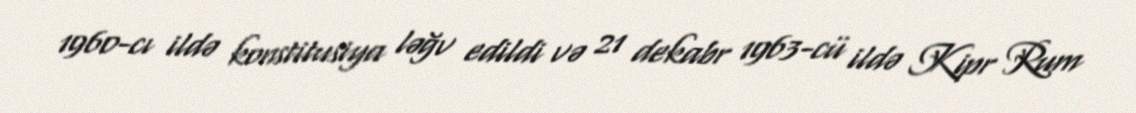
1960-cı ildə konstitusiya ləğv edildi və 21 dekabr 1963-cü ildə Kipr Rum